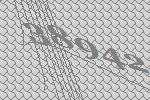
38942